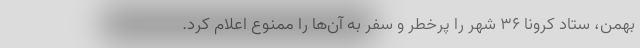
بهمن، ستاد کرونا ۳۶ شهر را پرخطر و سفر به آن‌ها را ممنوع اعلام کرد.